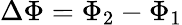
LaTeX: \Delta\Phi=\Phi_{2}-\Phi_{1}